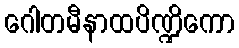
ဂေါတမီနာထပိဏ္ဍိကော